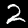
Label: 2